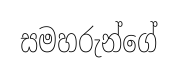
සමහරුන්ගේ